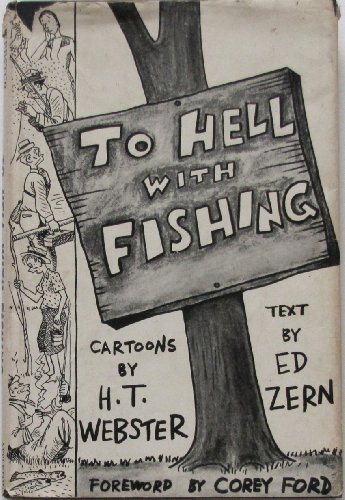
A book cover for To hell with fishing; or, How to tell fish from fishermen,; Harold Tucker Webster; Humor & Entertainment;